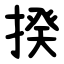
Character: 揆